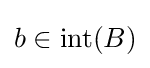
b\in {\mbox{int}}(B)